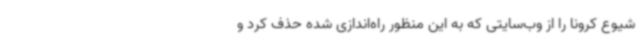
شیوع کرونا را از وب‌سایتی که به این منظور راه‌اندازی شده حذف کرد و